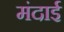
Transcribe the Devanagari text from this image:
मंदाई